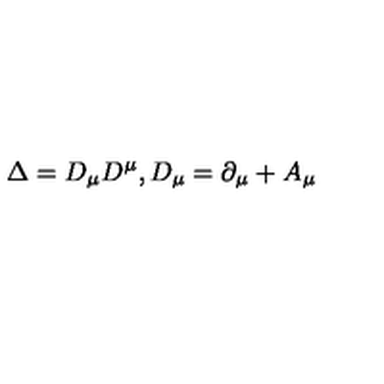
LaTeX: \Delta = D _ { \mu } D ^ { \mu } , D _ { \mu } = \partial _ { \mu } + A _ { \mu }